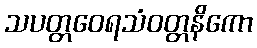
သပတ္တဝေရသံဝတ္တနိကော